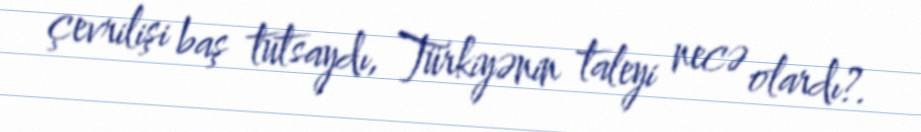
çevrilişi baş tutsaydı, Türkiyənin taleyi necə olardı?.